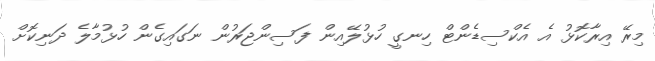
މިރޭ އިރާކޮޅު އެ އެކްސިޑެންޓް ހިނގީ ހުޅުލޭއިން ފަސިންޖަރުން ނަގައިގެން ހުޅުމާލެ ދަނިކޮށް